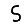
Digit: 5